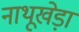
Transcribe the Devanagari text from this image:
नाथूखेड़ा